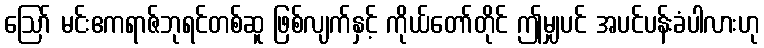
ဩော် မင်းဧကရာဇ်ဘုရင်တစ်ဆူ ဖြစ်လျက်နှင့် ကိုယ်တော်တိုင် ဤမျှပင် အပင်ပန်းခံပါလားဟု